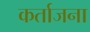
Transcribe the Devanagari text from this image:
कर्ताजना